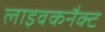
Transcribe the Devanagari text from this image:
लाइवकनैक्ट